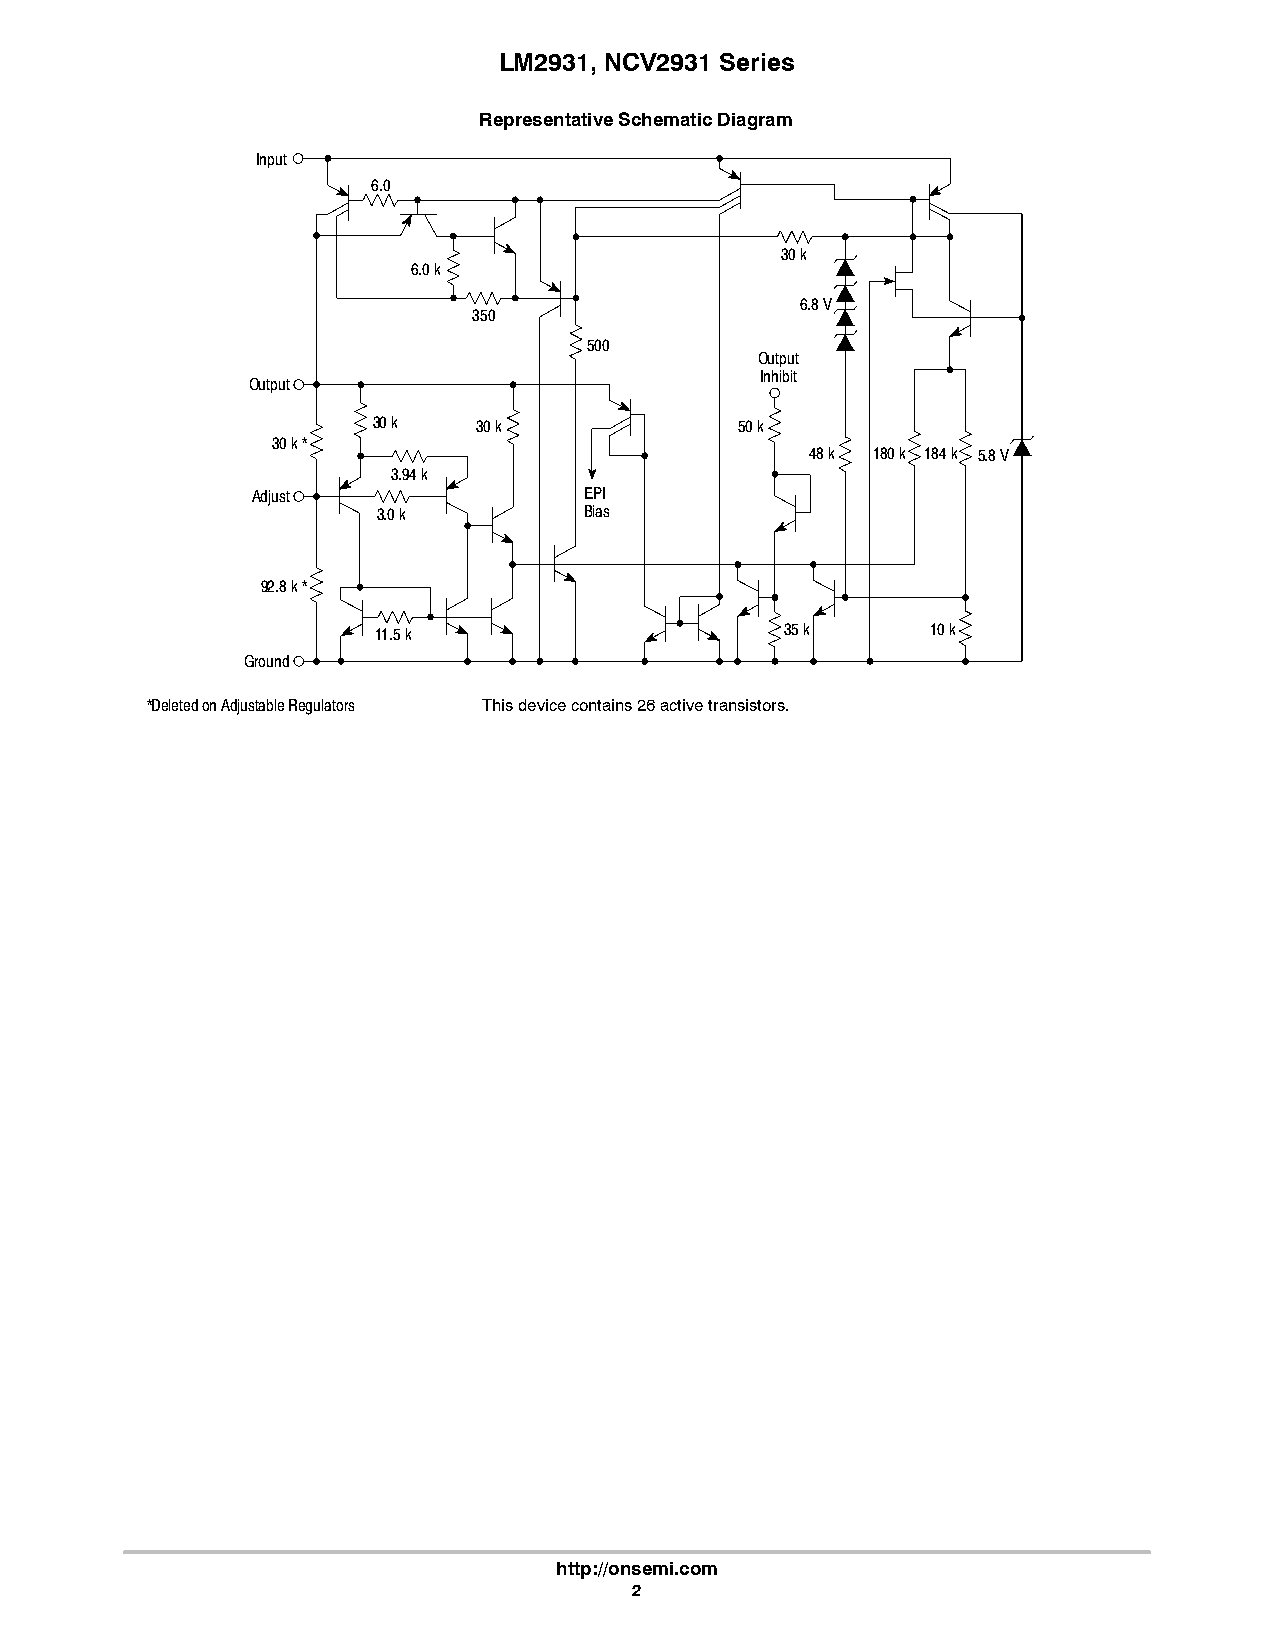
LM2931, NCV2931 Series
 Representative Schematic Diagram
 Input
 6.0
 30 k
 6.0 k
 6.8 V
 350
 500
 Output
 Inhibit
 Output
 30 k   30 k             50 k
 30 k *
 48 k 180 k 184 k 5.8 V
 3.94 k
 Adjust                EPI
 3.0 k         Bias
 92.8 k *
 11.5 k                     35 k      10 k
 Ground
 *Deleted on Adjustable Regulators This device contains 26 active transistors.
 http://onsemi.com
 2